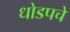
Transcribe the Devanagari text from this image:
धोडपचे